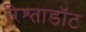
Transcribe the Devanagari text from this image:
रिश्ताडॉट